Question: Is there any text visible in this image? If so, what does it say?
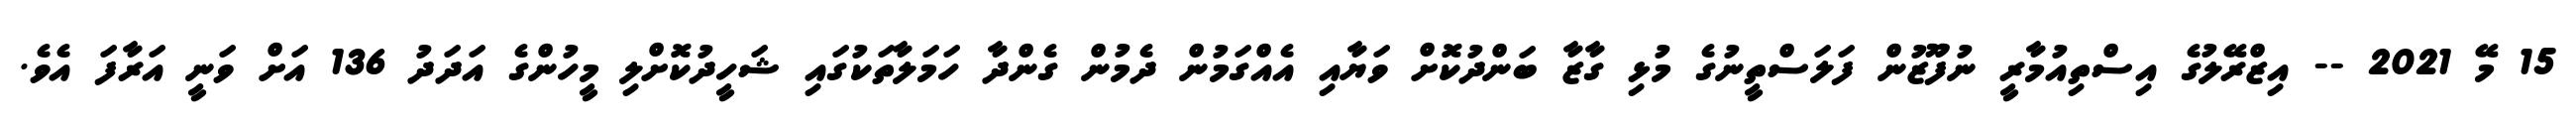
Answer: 15 މޭ 2021 -- އިޒްރޭލުގެ އިސްތިއުމާރީ ނުފޫޒުން ފަލަސްތީނުގެ މުޅި ގާޒާ ބަންދުކޮށް ވަޔާއި އެއްގަމުން ދެމުން ގެންދާ ހަމަލާތަކުގައި ޝަހީދުކޮށްލި މީހުންގެ އަދަދު 136 އަށް ވަނީ އަރާފަ އެވެ.